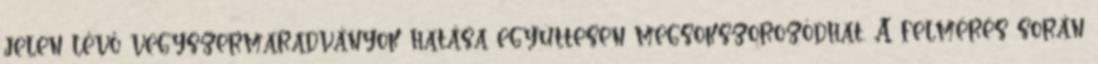
jelen lévő vegyszermaradványok hatása együttesen megsokszorozódhat. A felmérés során